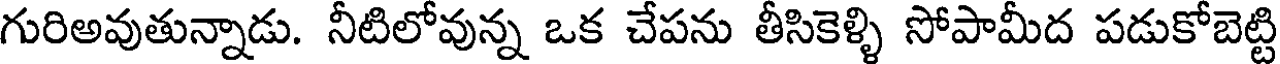
గురిఅవుతున్నాడు. నీటిలోవున్న ఒక చేపను తీసికెళ్ళి సోపామీద పడుకోబెట్టి